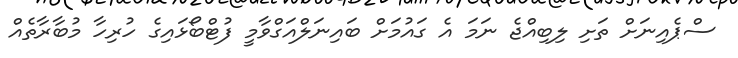
ސްޕެއިނަށް ތަށި ލިބިއްޖެ ނަމަ އެ ގައުމަށް ބައިނަލްއަގްވާމީ ފުޓްބޯޅައިގެ ހުރިހާ މުބާރާތެއް